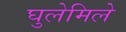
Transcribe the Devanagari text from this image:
घुलेमिले